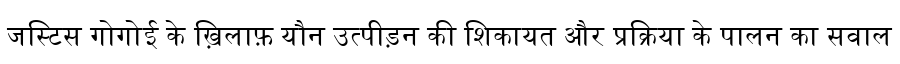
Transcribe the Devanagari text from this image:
जस्टिस गोगोई के ख़िलाफ़ यौन उत्पीड़न की शिकायत और प्रक्रिया के पालन का सवाल